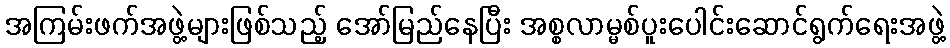
အကြမ်းဖက်အဖွဲ့များဖြစ်သည့် အော်မြည်နေပြီး အစ္စလာမ္မစ်ပူးပေါင်းဆောင်ရွက်ရေးအဖွဲ့